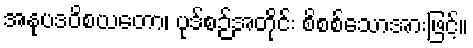
အနုပဒဝိစယတော၊ ပုဒ်စဉ်အတိုင်း စိစစ်သောအားဖြင့်။